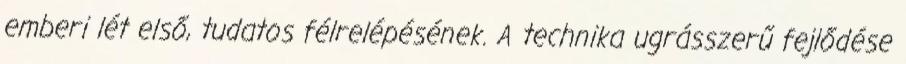
emberi lét első, tudatos félrelépésének. A technika ugrásszerű fejlődése